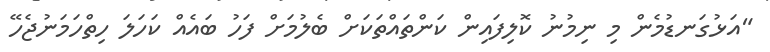
"އަޅުގަނޑުމެން މި ނިމުނު ކޮލިފައިން ކަންތައްތަކަށް ބެލުމަށް ފަހު ބައެއް ކަހަލަ ހިތްހަމަނުޖެހޭ